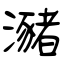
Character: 瀦